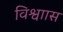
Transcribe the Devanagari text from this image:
विश्वाास